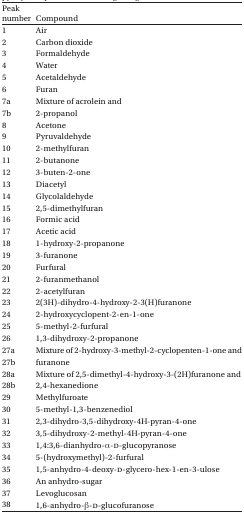
<table><thead><tr><td><b>Peak number</b></td><td><b>Compound</b></td></tr></thead><tbody><tr><td>1</td><td>Air</td></tr><tr><td>2</td><td>Carbon dioxide</td></tr><tr><td>3</td><td>Formaldehyde</td></tr><tr><td>4</td><td>Water</td></tr><tr><td>5</td><td>Acetaldehyde</td></tr><tr><td>6</td><td>Furan</td></tr><tr><td>7a</td><td>Mixture of acrolein and</td></tr><tr><td>7b</td><td>2-propanol</td></tr><tr><td>8</td><td>Acetone</td></tr><tr><td>9</td><td>Pyruvaldehyde</td></tr><tr><td>10</td><td>2-methylfuran</td></tr><tr><td>11</td><td>2-butanone</td></tr><tr><td>12</td><td>3-buten-2-one</td></tr><tr><td>13</td><td>Diacetyl</td></tr><tr><td>14</td><td>Glycolaldehyde</td></tr><tr><td>15</td><td>2,5-dimethylfuran</td></tr><tr><td>16</td><td>Formic acid</td></tr><tr><td>17</td><td>Acetic acid</td></tr><tr><td>18</td><td>1-hydroxy-2-propanone</td></tr><tr><td>19</td><td>3-furanone</td></tr><tr><td>20</td><td>Furfural</td></tr><tr><td>21</td><td>2-furanmethanol</td></tr><tr><td>22</td><td>2-acetylfuran</td></tr><tr><td>23</td><td>2(3H)-dihydro-4-hydroxy-2-3(H)furanone</td></tr><tr><td>24</td><td>2-hydroxycyclopent-2-en-1-one</td></tr><tr><td>25</td><td>5-methyl-2-furfural</td></tr><tr><td>26</td><td>1,3-dihydroxy-2-propanone</td></tr><tr><td>27a</td><td>Mixture of 2-hydroxy-3-methyl-2-cyclopenten-1-one and</td></tr><tr><td>27b</td><td>furanone</td></tr><tr><td>28a</td><td>Mixture of 2,5-dimethyl-4-hydroxy-3-(2H)furanone and</td></tr><tr><td>28b</td><td>2,4-hexanedione</td></tr><tr><td>29</td><td>Methylfuroate</td></tr><tr><td>30</td><td>5-methyl-1,3-benzenediol</td></tr><tr><td>31</td><td>2,3-dihydro-3,5-dihydroxy-4H-pyran-4-one</td></tr><tr><td>32</td><td>3,5-dihydroxy-2-methyl-4H-pyran-4-one</td></tr><tr><td>33</td><td>1,4:3,6-dianhydro-α-D-glucopyranose</td></tr><tr><td>34</td><td>5-(hydroxymethyl)-2-furfural</td></tr><tr><td>35</td><td>1,5-anhydro-4-deoxy-D-glycero-hex-1-en-3-ulose</td></tr><tr><td>36</td><td>An anhydro-sugar</td></tr><tr><td>37</td><td>Levoglucosan</td></tr><tr><td>38</td><td>1,6-anhydro-β-D-glucofuranose</td></tr></tbody></table>